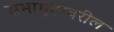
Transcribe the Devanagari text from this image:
सभागृहावरील